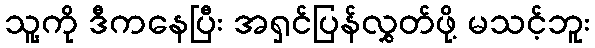
သူ့ကို ဒီကနေပြီး အရှင်ပြန်လွှတ်ဖို့ မသင့်ဘူး